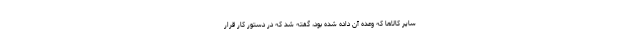
سایر کالاها که وعده آن داده شده بود، گفته شد که در دستور کار قرار